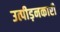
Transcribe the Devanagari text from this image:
उत्पीड़नकारी